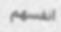
انفسھم